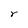
Character: r